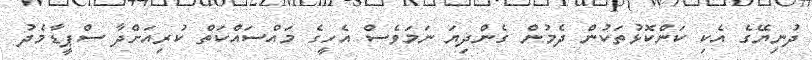
ދުނިޔޭގެ އެކި ކަންކޮޅުތަކުން ދެމުން ގެންދިޔަ ނަމަވެސް އެހީގެ މައްސައްކަތް ކުރިއަށްދާ ސްޕީޑާމެދު